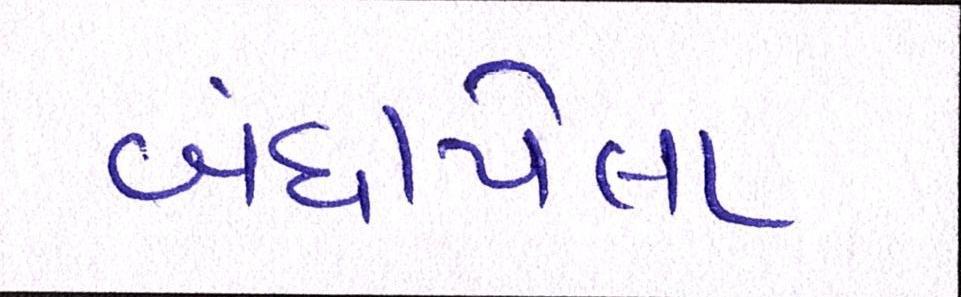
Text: બંધાયેલા